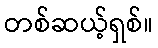
တစ်ဆယ့်ရှစ်။